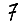
Digit: 7